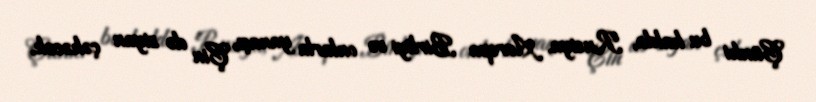
Çünki bu halda, Rusiya, Avropa Birliyi və onlarla yanaşı, Çin də ziyan çəkəcək,